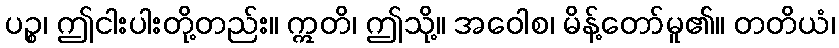
ပဉ္စ၊ ဤငါးပါးတို့တည်း။ ဣတိ၊ ဤသို့။ အဝေါစ၊ မိန့်တော်မူ၏။ တတိယံ၊